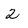
Character: 2